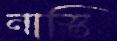
নাস্তি